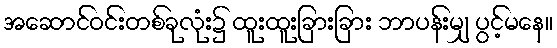
အဆောင်ဝင်းတစ်ခုလုံး၌ ထူးထူးခြားခြား ဘာပန်းမျှ ပွင့်မနေ။